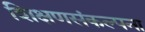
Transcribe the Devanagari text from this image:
शिक्षणसंकल्पना